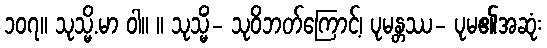
၁၀၇။ သုသ္မိ.မာ ဝါ။ ။ သုသ္မိံ- သုဝိဘတ်ကြောင့်၊ ပုမန္တဿ- ပုမ၏အဆုံး